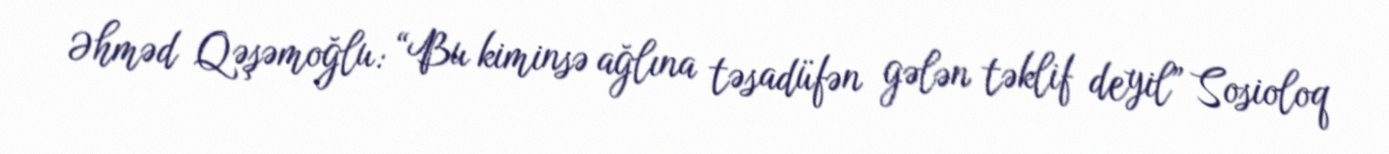
Əhməd Qəşəmoğlu: “Bu kiminsə ağlına təsadüfən gələn təklif deyil” Sosioloq